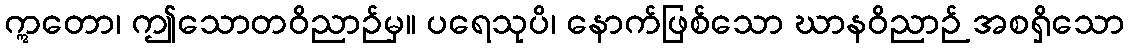
ဣတော၊ ဤသောတဝိညာဉ်မှ။ ပရေသုပိ၊ နောက်ဖြစ်သော ဃာနဝိညာဉ် အစရှိသော